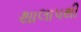
થાલાપથી